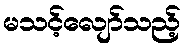
မသင့်လျော်သည့်